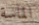
الماسة